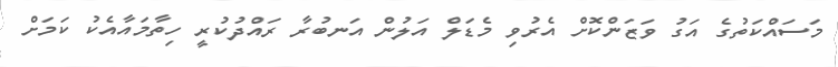
މަސައްކަތުގެ އަގު ވަޒަންކޮށް އެރުވި މެޑަލް އަލުން އަނބުރާ ރައްދުކުރީ ހިތާމައާއެކު ކަމަށް